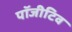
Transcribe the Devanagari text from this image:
पॉजीटिव